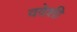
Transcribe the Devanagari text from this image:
वदेशी